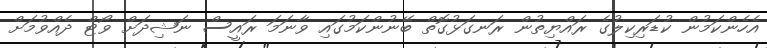
އެހެންކަމުން ކުޑަރިކިލުގެ ރައްޔިތުން ރަނގަޅުގޮތް ބޭނުންކަމުގައި ވާނަމަ ރައީސް ނަޝިދަށް ވޯޓް ދެއްވުމަށް